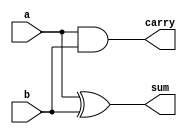
module HF(sum,carry,a,b);
  output sum, carry;
  input a, b;
  assign sum = a ^ b; 
  assign carry = a & b; 
endmodule